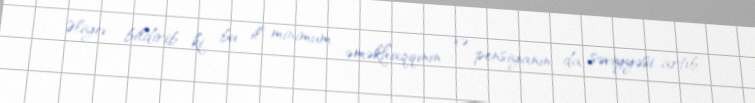
Əliyev bildirib ki, bu il minimum əməkhaqqının və pensiyanın da səviyyəsi artıb